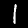
Digit: 1